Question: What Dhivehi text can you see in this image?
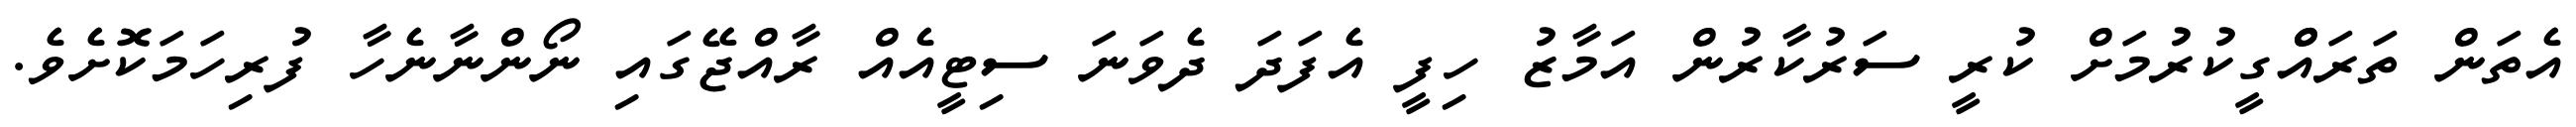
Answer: އެތަން ތަރައްްގީކުރުމަށް ކުރީ ސަރުކާރުން އަމާޒު ހިފީ އެފަދަ ދެވަނަ ސިޓީއެއް ރާއްޖޭގައި ނޯންނާނެހާ ފުރިހަމަކޮށެވެ.